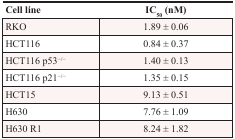
| Cell line | IC50 (nM) |
 | --- | --- |
 | RKO | 1.89 ± 0.06 |
 | HCT116 | 0.84 ± 0.37 |
 | HCT116 p53−/− | 1.40 ± 0.13 |
 | HCT116 p21−/− | 1.35 ± 0.15 |
 | HCT15 | 9.13 ± 0.51 |
 | H630 | 7.76 ± 1.09 |
 | H630 R1 | 8.24 ± 1.82 |